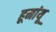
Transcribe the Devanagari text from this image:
हूमांयू